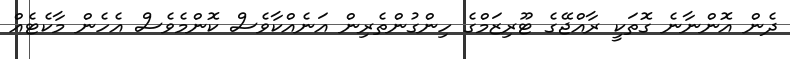
ދެން އޮންނާނެ ގޮތަކީ ރާއްޖޭގެ ޓޫރިޒަމްގެ ހިންގުންތެރިން އަނެއްކާވެސް ކޮންމެވެސް އެހެން މާކެޓެއް